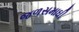
જળસમાઘી